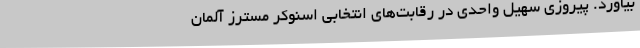
بیاورد. پیروزی سهیل واحدی در رقابت‌های انتخابی اسنوکر مسترز آلمان